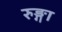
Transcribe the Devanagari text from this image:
रुङ्गा